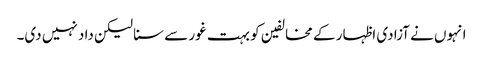
انہوں نے آزادی اظہار کے مخالفین کو بہت غور سے سنا لیکن داد نہیں دی۔